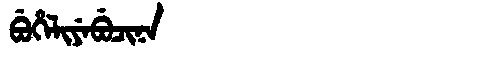
Manchu: ᠪᡠᡥᡝᠯᡳᠶᡝᠪᡠᠴᡳᠨᠠ
Romanization: BUHELIYEBUCINA